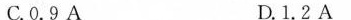
C.0.9A D.1.2A